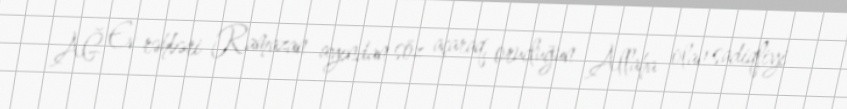
AĞ Ev rəhbəri Ramazan ayından söz açaraq, orucluğun Allaha olan sadiqliyi